Annual report on the health of the army in India
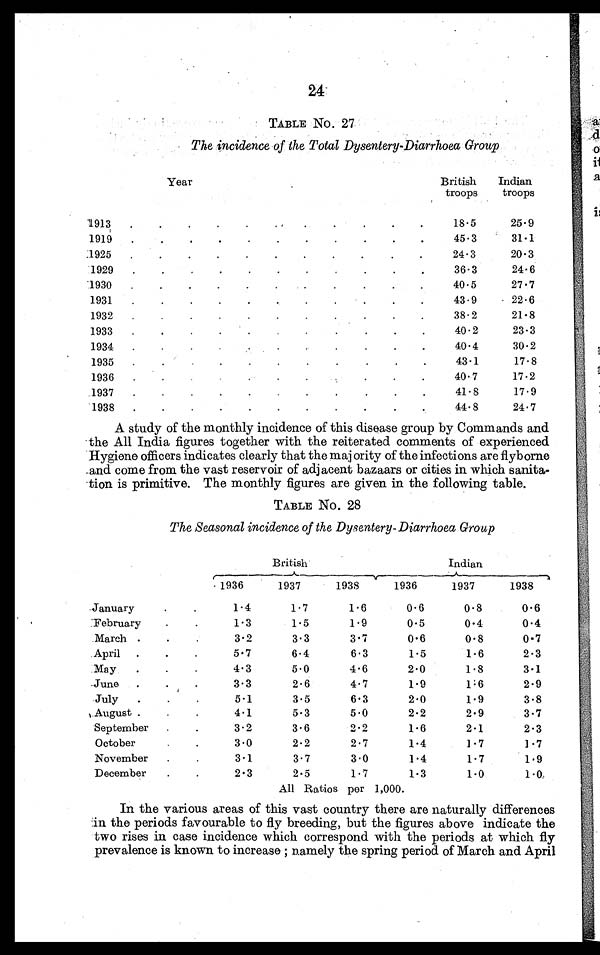
24
TABLE No. 27
The incidence of the Total Dysentery-Diarrhoea Group
Year
British
troops
Indian
troops
1913 .
.
.
..
.
.
.
.
18.5
25.9
1919 .
.
.
. . . . . . .
45.3
31.1
1925 .
.
.
.
.
.
.
.
.
.
.
24.3
20.3
1929
.
.
.
..
.
36.3
24.6
1930 .
.
.
.
.
40.5
27.7
1931
.
.
.
. . . . . . . .
43.9
22.6
1932 .
.
.
.
.
.
.
.
. . .
38.2
21.8
1933.
.
.
.
.
.
.
.
40.2
23.3
1934.
.
.
. . . . .
40.4
30.2
1935.
.
.
.
.
.
.
.
.
.
43.1
17.8
1936.
.
. . . . . .
40.7
17.2
1937.
.
.
.
.
.
.
.
.
.
41.8
17.9
1938 .
.
.
.
.
. . . . .
44.8
24.7
A study of the monthly incidence of this disease group by Commands and
the All India figures together with the reiterated comments of experienced
Hygiene officers indicates clearly that the majority of the infections are flyborne
and come from the vast reservoir of adjacent bazaars or cities in which sanita-
tion is primitive. The monthly figures are given in the following table.
TABLE No. 28
The Seasonal incidence of the Dysentery- Diarrhoea Group
British
Indian
1936
1937
1938
1936
1937
1938
January
.
.
1.4
1.7
1.6
0.6
0.8
0.6
February
.
.
1.3
1.5
1.9
0.5
0.4
0.4
March .
.
.
3.2
3.3
3.7
0.6
0.8
0.7
April .
.
.
5.7
6.4
6.3
1.5
1.6
2.3
May
.
.
.
4.3
5.0
4.6
2.0
1.8
3.1
June .
.
.
3.3
2.6
4.7
1.9
1.6
2.9
July .
.
.
5.1
3.5
6.3
2.0
1.9
3.8
August.
.
.
4.1
5.3
5.0
2.2
2.9
3.7
September .
.
3.2
3.6
2.2
1.6
2.1
2.3
October. .
3.0
2.2
2.7
1.4
1.7
1.7
November .
.
3.1
3.7
3.0
1.4
1.7
1.9
December
.
.
2.3
2.5
1.7
1.3
1.0
1.0
All Ratios per 1,000.
In the various areas of this vast country there are naturally differences
in the periods favourable to fly breeding, but the figures above indicate the
two rises in case incidence which correspond with the periods at which fly
prevalence is known to increase ; namely the spring period of March and April